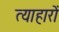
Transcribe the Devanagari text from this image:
त्याहारों